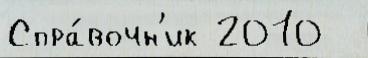
Спра́вочн'ик 2010